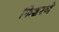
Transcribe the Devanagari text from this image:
फिशरने